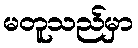
မတူသည်မှာ